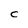
Character: C